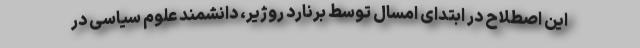
این اصطلاح در ابتدای امسال توسط برنارد روژیر، دانشمند علوم سیاسی در